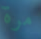
مرة